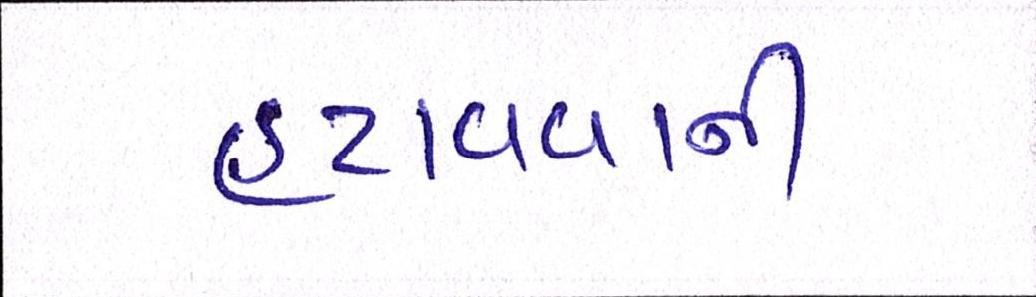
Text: હટાવવાની